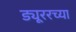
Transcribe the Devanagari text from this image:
ड्यूररच्या